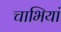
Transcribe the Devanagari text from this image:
चाभियां